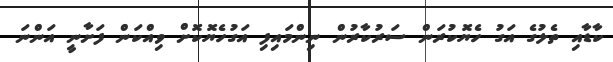
ކާޑާއި ތެލުގެ އަގު ހެޔޮކުރަން ސަރުކާރުން ނިންމައިފި އަގުހެޔޮކޮށް ވިއްކަން ފަށާނީ އަންނަ